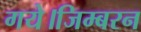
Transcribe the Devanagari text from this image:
गये।जिम्बरन